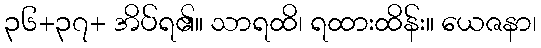
၃၆+၃၇+ အိပ်ရ၏။ သာရထိ၊ ရထားထိန်း။ ယေဇနာ၊